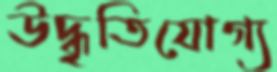
উদ্ধৃতিযোগ্য